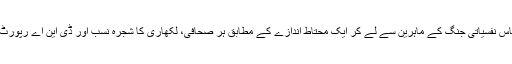
فوج کے پاس نفسیاتی جنگ کے ماہرین سے لے کر ایک محتاط اندازے کے مطابق ہر صحافی، لکھاری کا شجرہ نسب اور ڈی این اے رپورٹ ہوتی ہے۔